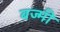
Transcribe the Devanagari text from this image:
बज्मी